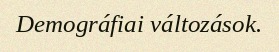
Demográfiai változások.